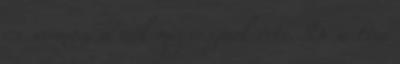
és sármos, a nők megvesznek érte. De a tini